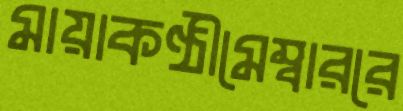
মায়াকণ্ঠীমেম্বাররে